Insane asylums in Bengal annual reports 1876-1887 - 1876-1887
Year: 1876
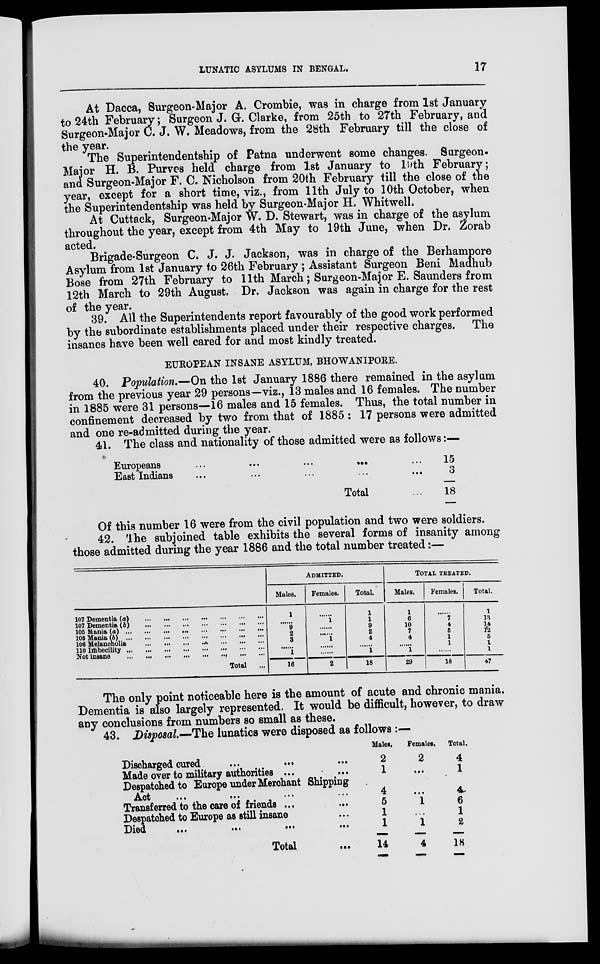
LUNATIC ASYLUMS IN BENGAL.
17
At Dacca, Surgeon-Major A. Crombie, was in charge from 1st January
to 24th February; Surgeon J. G. Clarke, from 25th to 27th February, and
Surgeon-Major C. J. W. Meadows, from the 28th February till the close of
the year.
The Superintendentship of Patna underwent some changes. Surgeon-
Major H. B. Purves held charge from 1st January to 19th February;
and Surgeon-Major F. C. Nicholson from 20th February till the close of the
year, except for a short time, viz., from 11th July to 10th October, when
the Superintendentship was held by Surgeon-Major H. Whitwell.
At Cuttack, Surgeon-Major W. D. Stewart, was in charge of the asylum
throughout the year, except from 4th May to 19th June, when Dr. Zorab
acted.
Brigade-Surgeon C. J. J. Jackson, was in charge of the Berhampore
Asylum from 1st January to 26th February ; Assistant Surgeon Beni Madhub
Bose from 27th February to 11th March; Surgeon-Major E. Saunders from
12th March to 29th August. Dr. Jackson was again in charge for the rest
of the year.
39. All the Superintendents report favourably of the good work performed
by the subordinate establishments placed under their respective charges. The
insanes have been well cared for and most kindly treated.
EUROPEAN INSANE ASYLUM, BHOWANIPORE.
40. Population.—On the 1st January 1886 there remained in the asylum
from the previous year 29 persons—viz., 13 males and 16 females. The number
in 1885 were 31 persons—16 males and 15 females. Thus, the total number in
confinement decreased by two from that of 1885 : 17 persons were admitted
and one re-admitted during the year.
41. The class and nationality of those admitted were as follows:—
Europeans
...
...
...
...
East Indians ... ... ... ...
Total ...
15 3
18
Of this number 16 were from the civil population and two were soldiers.
42. The subjoined table exhibits the several forms of insanity among
those admitted during the year 1886 and the total number treated:—
107 Dementia (a)
...
...
...
...
...
...
...
107 Dementia (6)
...
...
...
...
...
...
...
105 Mania (a)
...
...
...
...
...
...
...
...
105 Mania (b)
...
...
...
...
...
...
...
...
106 Melancholia ... ... ... ... ... ... ...
110 Imbecility
...
...
...
...
...
...
...
...
Not insane ... ... ... ... ... ... ... ...
Total ...
ADMITTED.
Males.
1
......
9
2
3
......
1
16
Females.
......
1
......
......
1
......
......
2
Total.
1
1
9
2
4
......
1
18
TOTAL TREATED.
Males.
1
6
10
7
4
......
1
29
Females.
......
7
4
5
1
1
......
18
Total.
1
13
14
12
5
1
1
47
The only point noticeable here is the amount of acute and chronic mania.
Dementia is also largely represented. It would be difficult, however, to draw
any conclusions from numbers so small as these.
43. Disposal.—The lunatics were disposed as follows :—
Discharged cured
...
...
...
Made over to military authorities ... ...
Despatched to Europe under Merchant Shipping
Act
...
...
...
...
Transferred to the care of friends ... ...
Despatched to Europe as still insane...
Died
...
...
...
...
Total ...
Males.
2
1
4
5
1
1
14
Females.
2
...
...
1
...
1
4
Total.
4
1
4
6
1
2
18